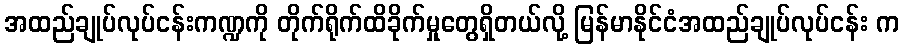
အထည်ချုပ်လုပ်ငန်းကဏ္ဍကို တိုက်ရိုက်ထိခိုက်မှုတွေရှိတယ်လို့ မြန်မာနိုင်ငံအထည်ချုပ်လုပ်ငန်း က